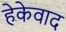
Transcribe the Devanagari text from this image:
हेकेवाद